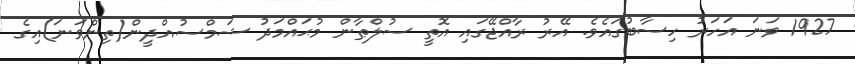
1927 ވަނަ އަހަރު ހިސާބުގައެވެ. އޭރު ރާއްޖޭގައި އޮތީ ސުލްޠާން މުޙައްމަދު ޝަމްސުއްދީން(ތިންވަނަ)އިގެ